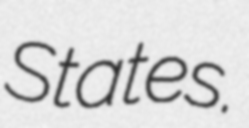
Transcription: States.